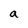
Character: a